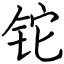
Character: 铊